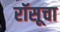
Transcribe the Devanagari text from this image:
रॉसूचा